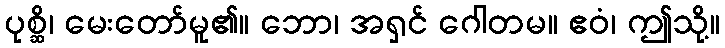
ပုစ္ဆိ၊ မေးတော်မူ၏။ ဘော၊ အရှင် ဂေါတမ။ ဧဝံ၊ ဤသို့။